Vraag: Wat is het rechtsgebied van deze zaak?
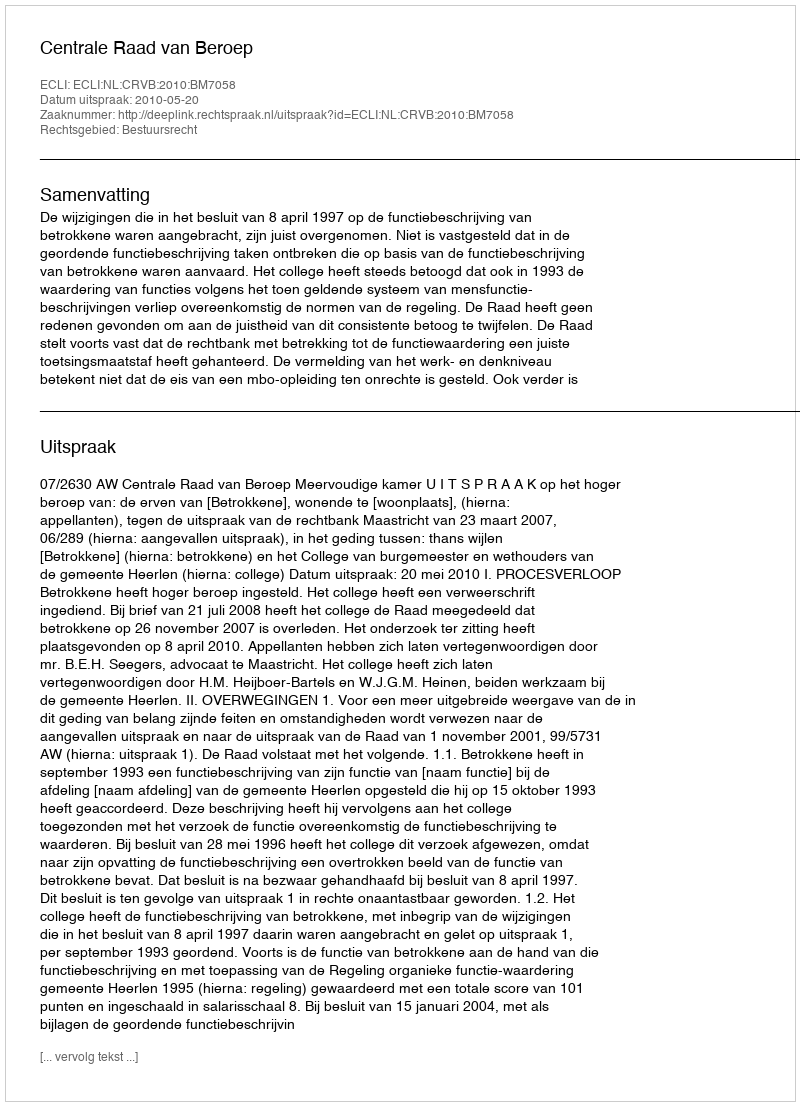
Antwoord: Bestuursrecht